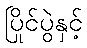
ပြိုင်ပွဲနှင့်